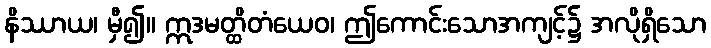
နိဿာယ၊ မှီ၍။ ဣဒမတ္ထိတံယေဝ၊ ဤကောင်းသောအကျင့်၌ အလိုရှိသော